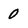
Character: 0